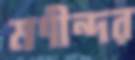
মণীন্দর